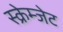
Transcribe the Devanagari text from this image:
स्क्रेम्जेट